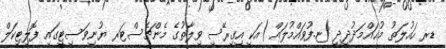
ޑރ ހައުލަތު މުޙައްމަދުދީދީ (ޏ.ފުވައްމުލައް )އަކީ އިގިރޭސި ވިލާތުގެ މެންޗެސްޓަރ ޔުނިވަސިޓީގައި ފޮލިޓިކަލް